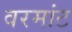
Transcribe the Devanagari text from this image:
वरमांट